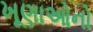
ખૂણાઓનો